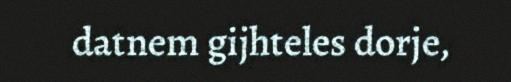
datnem gijhteles dorje,